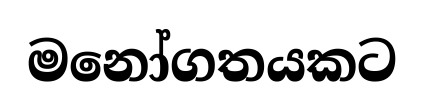
මනෝගතයකට